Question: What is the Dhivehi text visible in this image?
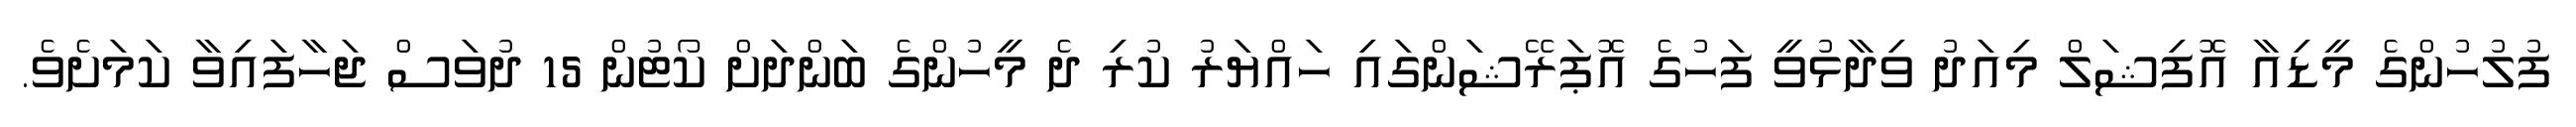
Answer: ފުލުހުންގެ މީޑިއާ އޮފިޝަލް މިއަދު ވިދާޅުވީ ފަހުގެ އޮޕަރޭޝަންގައި ހައްޔަރު ކުރި ދެ މީހުންގެ ބަންދަށް ކޯޓުން 15 ދުވަސް ޖަހާފައިވާ ކަމަށެވެ.